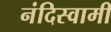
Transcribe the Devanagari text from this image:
नंदिस्वामी